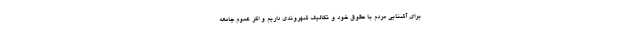
برای آشنایی مردم با حقوق خود و تکالیف شهروندی داریم و اگر عموم جامعه